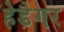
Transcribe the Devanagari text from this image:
हेडेगर